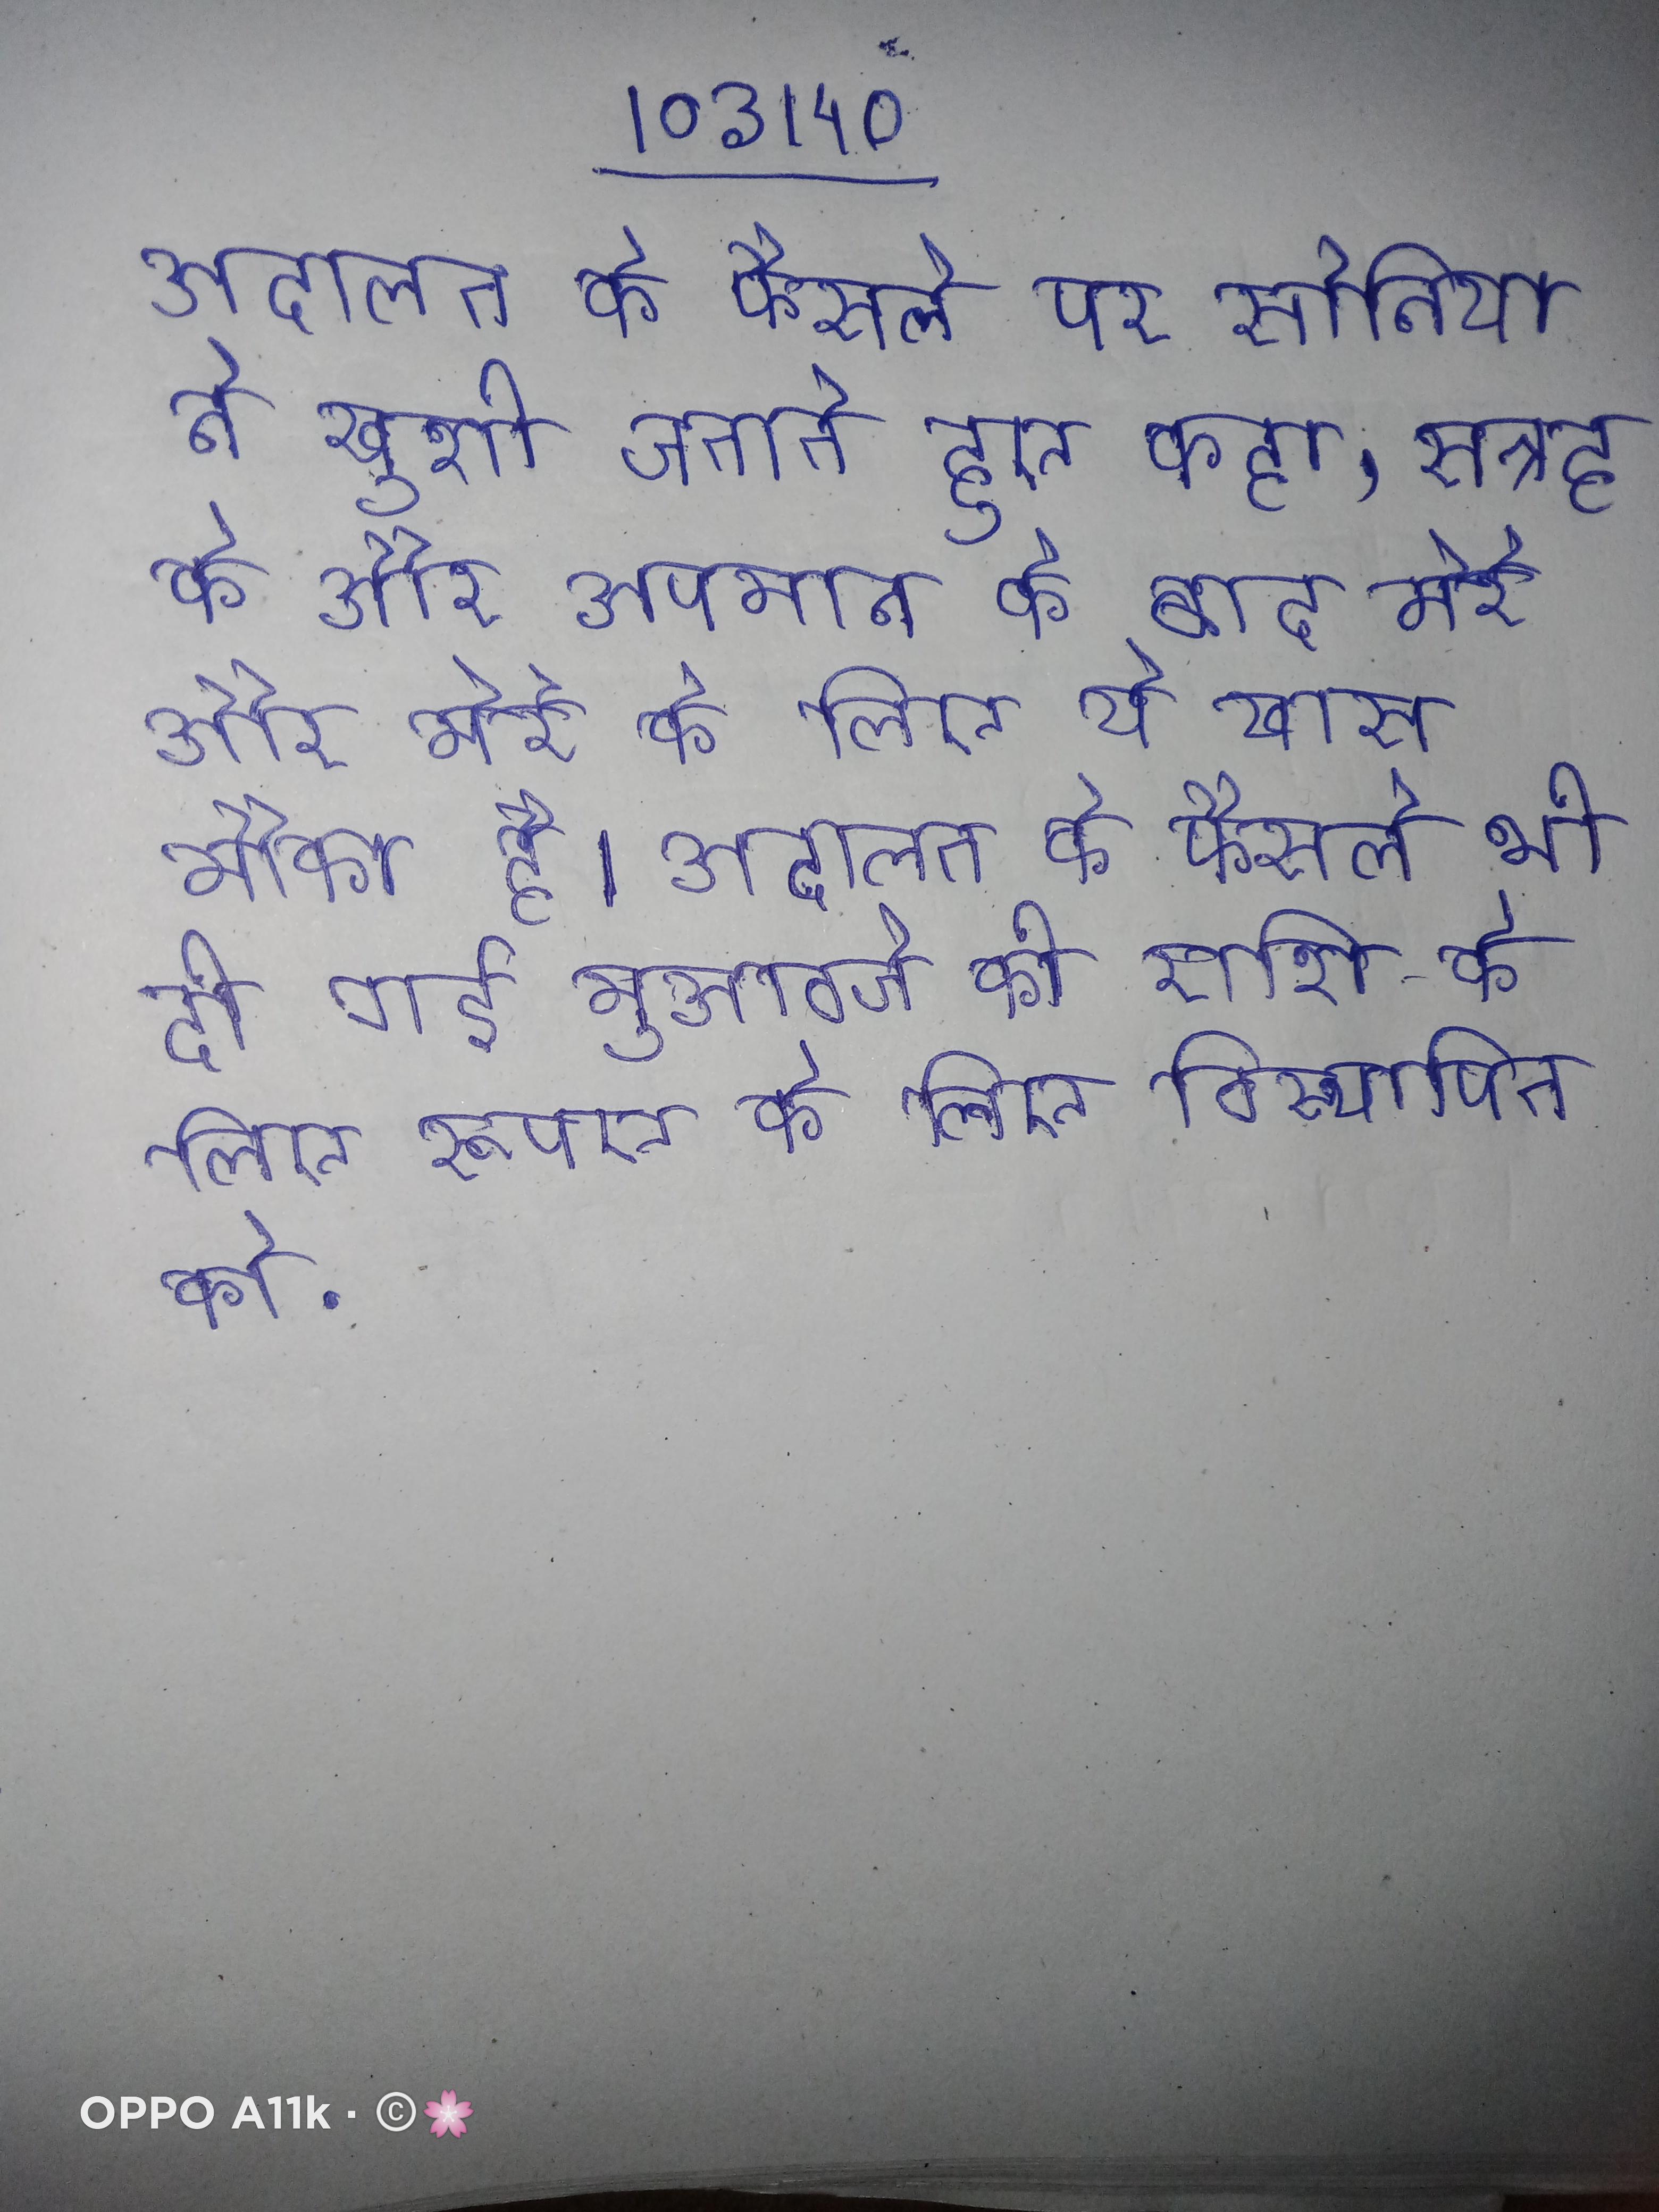
अदालत के फैसले पर सोनिया ने खुशी जताते हुए कहा, सत्रह के और अपमान के बाद मेरे और मेरे के लिए ये खास मौका है । अदालत के फैसले भी दी गई मुआवजे की राशि के लिए रूपए के लिए विस्थापित को .